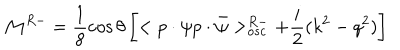
{ \cal M } ^ { R - } = \frac 1 8 \cos \theta \left[ < p \cdot \psi p \cdot \bar { \psi } > _ { o s c } ^ { R - } + \frac i 2 ( k ^ { 2 } - q ^ { 2 } ) \right]